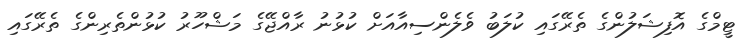
ޓީމްގެ އޮފިޝަލުންގެ ތެރޭގައި ކުލަބު ވެލެންސިއާއަށް ކުޅުނު ރާއްޖޭގެ މަޝްހޫރު ކުޅުންތެރިންގެ ތެރޭގައި